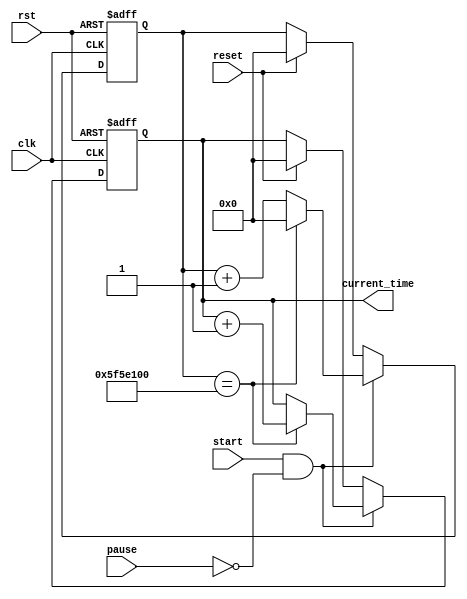
module rtc_timer (
    input rst,
    input clk,
    input start,
    input pause,
    input reset,
    output reg [31:0] current_time
);

reg [31:0] count;

always @(posedge clk or posedge rst) begin
    if (rst) begin
        count <= 0;
        current_time <= 0;
    end else if (start && !pause) begin
        count <= count + 1;
        if (count == 100000000) begin // 1 second
            count <= 0;
            current_time <= current_time + 1;
        end
    end else if (reset) begin
        count <= 0;
        current_time <= 0;
    end
end

endmodule